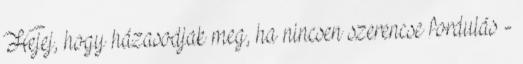
Hejej, hogy házasodjak meg, ha nincsen szerencse fordulás -